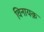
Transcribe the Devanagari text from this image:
विनायक़